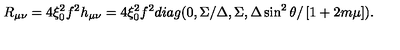
R _ { \mu \nu } = 4 \xi _ { 0 } ^ { 2 } f ^ { 2 } h _ { \mu \nu } = 4 \xi _ { 0 } ^ { 2 } f ^ { 2 } d i a g ( 0 , \Sigma / \Delta , \Sigma , \Delta \sin ^ { 2 } \theta / \left[ 1 + 2 m \mu \right] ) .